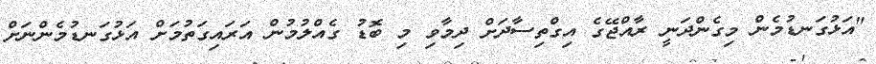
"އަޅުގަނޑުމެން މިގެންދަނީ ރާއްޖޭގެ އިގްތިސާދަށް ދިމާވި މި ބޮޑު ގެއްލުމުން އަރައިގަތުމަށް އަޅުގަނޑުމެންނަށް